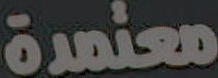
معتمدة